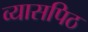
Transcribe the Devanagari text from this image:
व्यासपिठ